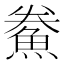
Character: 鮝